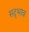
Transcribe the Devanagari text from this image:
सद्‍भाव